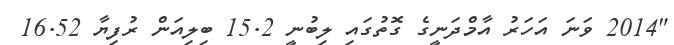
"2014 ވަނަ އަހަރު އާމްދަނީގެ ގޮތުގައި ލިބުނީ 15.2 ބިލިއަން ރުފިޔާ 16.52